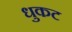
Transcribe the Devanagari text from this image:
धुकट